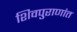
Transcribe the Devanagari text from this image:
शिवपुराणांत